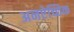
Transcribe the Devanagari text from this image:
अनऐच्छिक